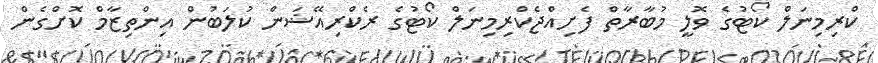
ކްރިމިނަލް ކޯޓުގެ ވޮލީ މުބާރާތް ފެށިއްޖެކްރިމިނަލް ކޯޓުގެ ރެކްރިއޭޝަން ކުލަބުން އިންތިޒާމް ކޮށްގެން